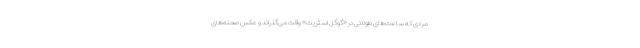
مردی که ساعت‌های طولانی در «گوگل استریت» وقت می‌گذراند و عکس صحنه‌های